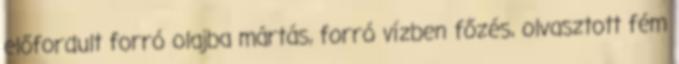
előfordult forró olajba mártás, forró vízben főzés, olvasztott fém